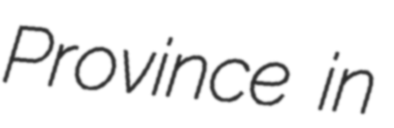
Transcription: Province in